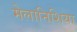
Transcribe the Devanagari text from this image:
मेलानिशिया